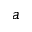
a